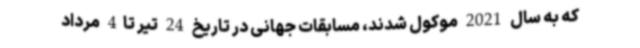
که به سال 2021 موکول شدند، مسابقات جهانی در تاریخ 24 تیر تا4 مرداد